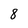
Character: 8